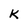
Character: K